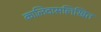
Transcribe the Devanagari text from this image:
कालिदासलिखित